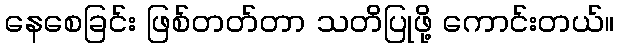
နေစေခြင်း ဖြစ်တတ်တာ သတိပြုဖို့ ကောင်းတယ်။